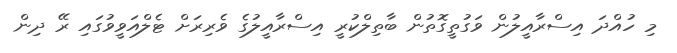
މި ހުއްދަ އިސްރާއީލުން ވަގުތީގޮތުން ބާތިލްކުރީ އިސްރާއީލުގެ ވެރިރަށް ޓެލްއަވީވުގައި ރޭ ދިން